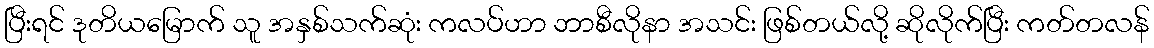
ပြီးရင် ဒုတိယမြောက် သူ အနှစ်သက်ဆုံး ကလပ်ဟာ ဘာစီလိုနာ အသင်း ဖြစ်တယ်လို့ ဆိုလိုက်ပြီး ကတ်တလန်